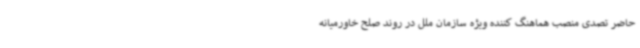
حاضر تصدی منصب هماهنگ کننده ویژه سازمان ملل در روند صلح خاورمیانه